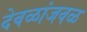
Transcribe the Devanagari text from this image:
देवळांजवळ